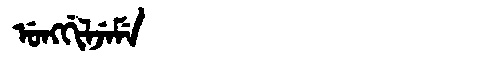
Manchu: ᡠᠩᡤᡳᠯᠵᡝᠮᡝ
Romanization: UNGGILJEME